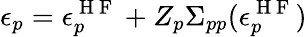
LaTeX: \epsilon_{p}=\epsilon_{p}^{\mathrm{~H~F~}}+Z_{p}\Sigma_{pp}(\epsilon_{p}^{\mathrm{~H~F~}})